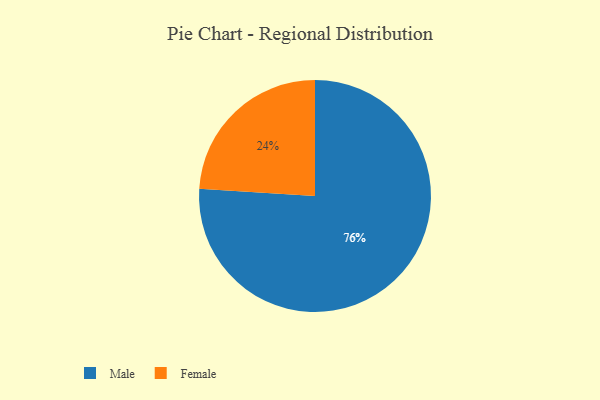
{"axis": {"x": "Category", "y": "Percentage"}, "legend": ["Female", "Male"], "data": [{"x": "Male", "y": 76, "type": "Male"}, {"x": "Female", "y": 24, "type": "Female"}]}